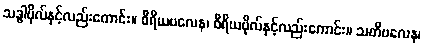
သဒ္ဓါဗိုလ်နှင့်လည်းကောင်း။ ဝီရိယဗလေန၊ ဝီရိယဗိုလ်နှင့်လည်းကောင်း။ သတိဗလေန၊